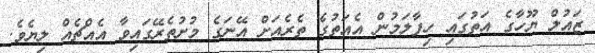
ޒައުލް ޔޫހާގެ އަތުގައި ހިފާލަމުން އެއަތުގެ ތެރެއަށް އޭނަގެ މުށުތެރޭގައިވާ އެއްޗެއް ލިޔެވެ.